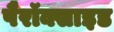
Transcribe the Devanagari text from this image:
पैरॉक्साइड